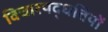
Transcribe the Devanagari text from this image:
विचारपद्धतियों